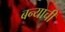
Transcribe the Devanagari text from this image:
बन्याची